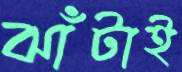
ঝাঁটাই